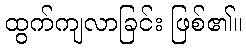
ထွက်ကျလာခြင်း ဖြစ်၏။